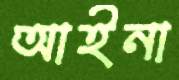
আইনা